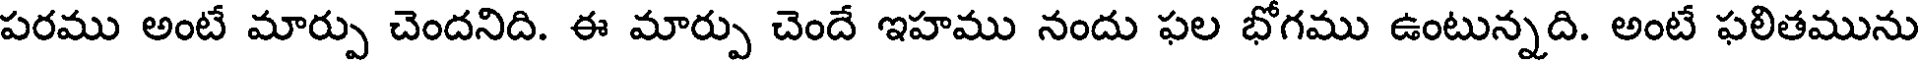
పరము అంటే మార్పు చెందనిది. ఈ మార్పు చెందే ఇహము నందు ఫల భోగము ఉంటున్నది. అంటే ఫలితమును